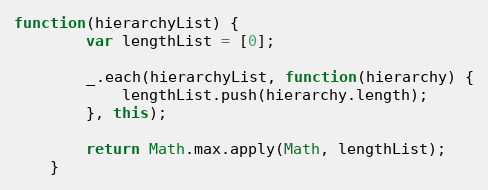
Language: JavaScript
function(hierarchyList) {
        var lengthList = [0];

        _.each(hierarchyList, function(hierarchy) {
            lengthList.push(hierarchy.length);
        }, this);

        return Math.max.apply(Math, lengthList);
    }